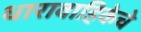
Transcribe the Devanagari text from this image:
धारावाहिकेचे